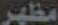
مظهر